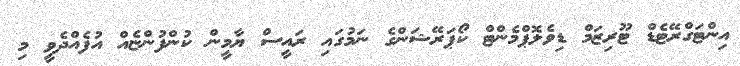
އިންޓަގްރޭޓެޑް ޓޫރިޒަމް ޑިވެލޮޕްމެންޓް ކޯޕަރޭޝަންގެ ނަމުގައި ރައީސް ޔާމީން ކުންފުންޏެއް އުފެއްދެވީ މި